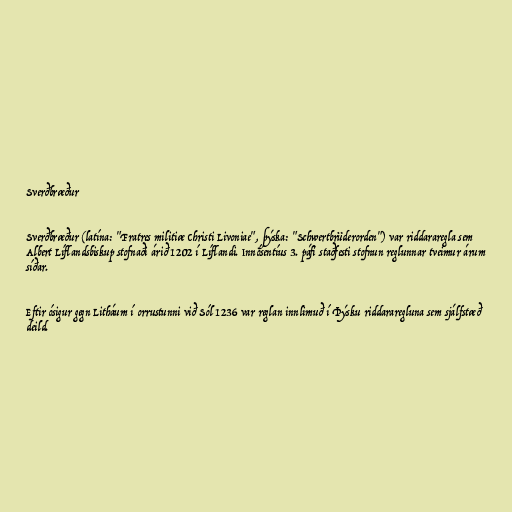
Sverðbræður

Sverðbræður (latína: "Fratres militiæ Christi Livoniae", þýska: "Schwertbrüderorden") var riddararegla sem
Albert Líflandsbiskup stofnaði árið 1202 í Líflandi. Innósentíus 3. páfi staðfesti stofnun reglunnar tveimur árum
síðar.

Eftir ósigur gegn Litháum í orrustunni við Sól 1236 var reglan innlimuð í Þýsku riddararegluna sem sjálfstæð
deild.